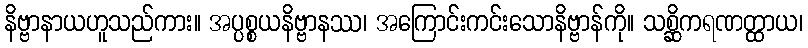
နိဗ္ဗာနာယဟူသည်ကား။ အပ္ပစ္စယနိဗ္ဗာနဿ၊ အကြောင်းကင်းသောနိဗ္ဗာန်ကို။ သစ္ဆိကရဏတ္ထာယ၊